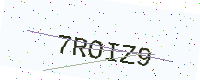
Text: 7ROIZ9